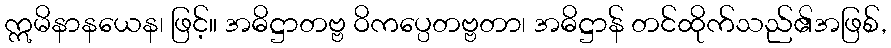
ဣမိနာနယေန၊ ဖြင့်။ အဓိဋ္ဌာတဗ္ဗ ဝိကပ္ပေတဗ္ဗတာ၊ အဓိဋ္ဌာန် တင်ထိုက်သည်၏အဖြစ်,